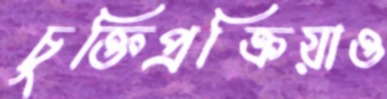
চুক্তিপ্রক্রিয়াও